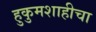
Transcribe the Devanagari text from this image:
हुकुमशाहीचा